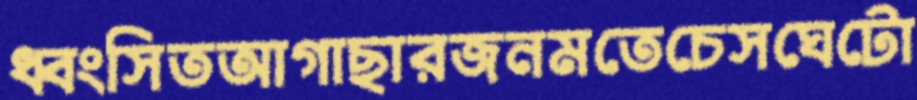
ধ্বংসিতআগাছারজনমতেচেসঘেটো